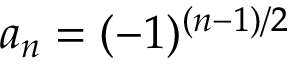
a _ { n } = ( - 1 ) ^ { ( n - 1 ) / 2 }